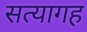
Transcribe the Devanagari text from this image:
सत्यागह